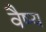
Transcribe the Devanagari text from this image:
वैष्य